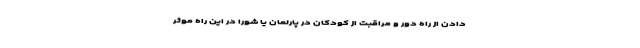
دادن از راه دور و مراقبت از کودکان در پارلمان یا شورا در این راه موثر